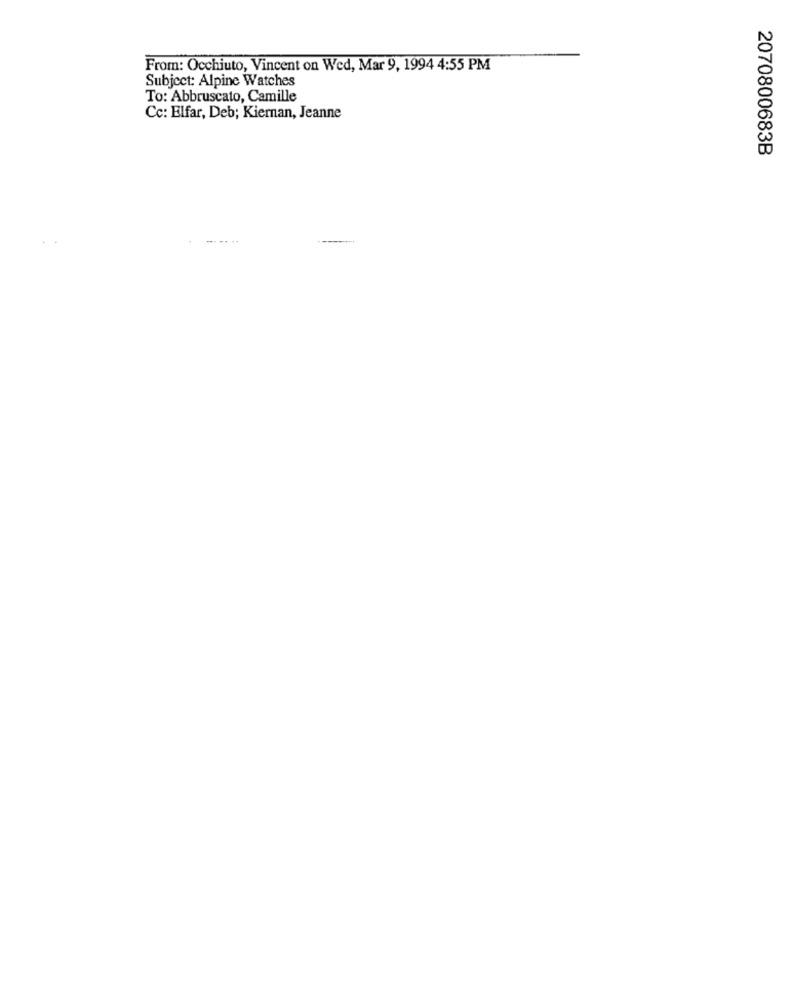
From: Occhiuto, Vincent on Wed, Mar 9, 1994 4:55 PM
Subject: Alpine Watches
To: Abbruscato, Camille
Cc: Elfar, Deb; Kiernan, Jeanne
2070800683B